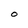
Character: O